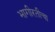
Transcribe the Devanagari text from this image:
भागीरतीचा